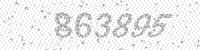
Solution: 863895